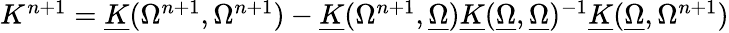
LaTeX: \begin{array}{r}{{K}^{n+1}=\underline{{K}}({\Omega}^{n+1},{\Omega}^{n+1})-\underline{{K}}({\Omega}^{n+1},\underline{{\Omega}})\underline{{K}}(\underline{{\Omega}},\underline{{\Omega}})^{-1}\underline{{K}}(\underline{{\Omega}},{\Omega}^{n+1})}\end{array}